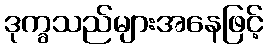
ဒုက္ခသည်များအနေဖြင့်